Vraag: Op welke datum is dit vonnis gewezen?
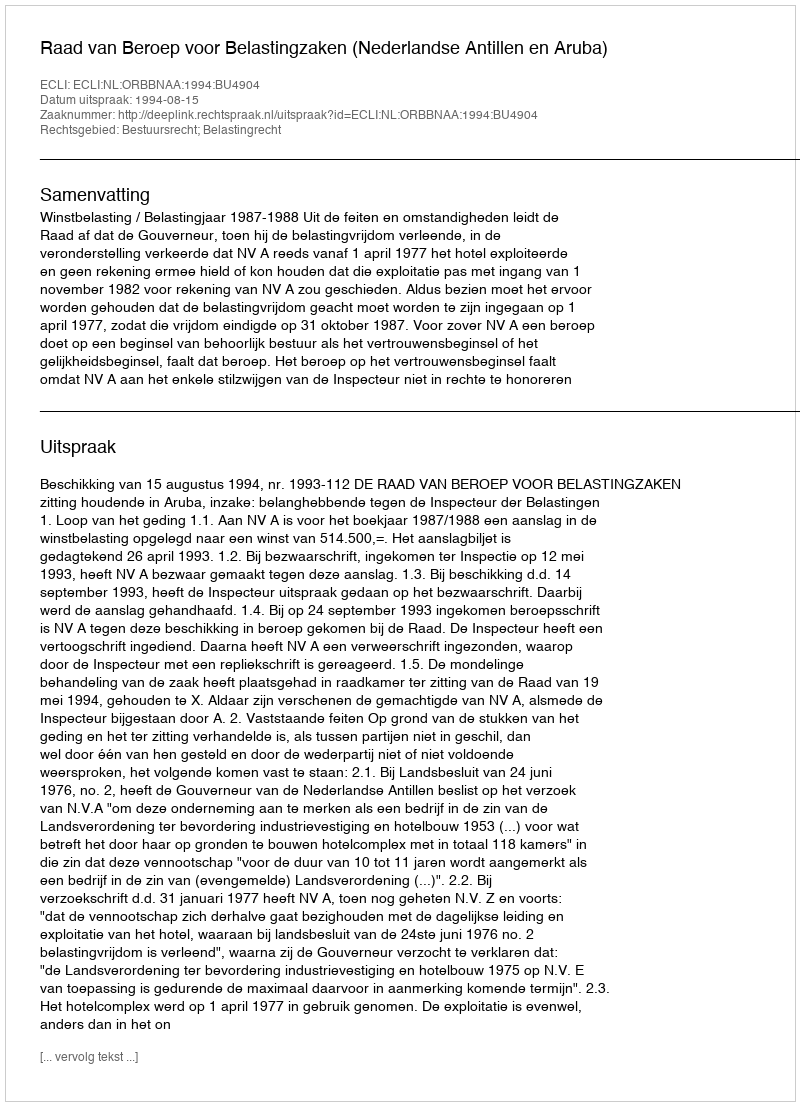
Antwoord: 1994-08-15